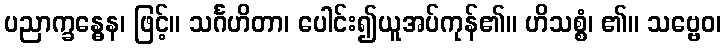
ပညာက္ခန္ဓေန၊ ဖြင့်။ သင်္ဂဟိတာ၊ ပေါင်း၍ယူအပ်ကုန်၏။ ဟိသစ္စံ၊ ၏။ သဗ္ဗေဝ၊